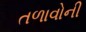
તળાવોની